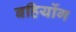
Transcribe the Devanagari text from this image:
बहिर्योग